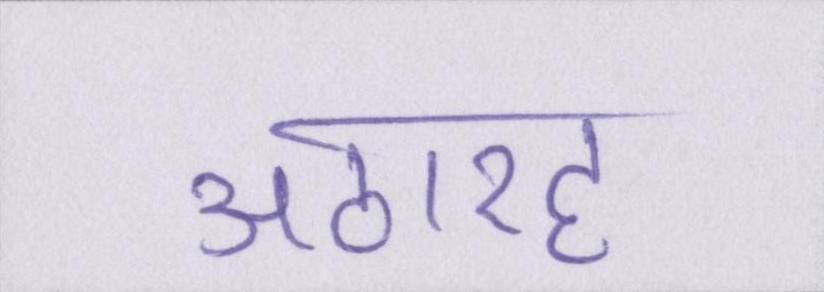
अठारह